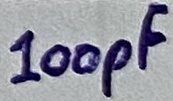
Text: 100pF